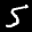
Label: 5